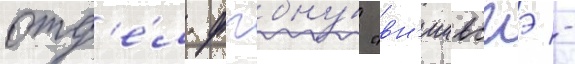
отд'е́л фгбну́ "вн'иивсгэ -